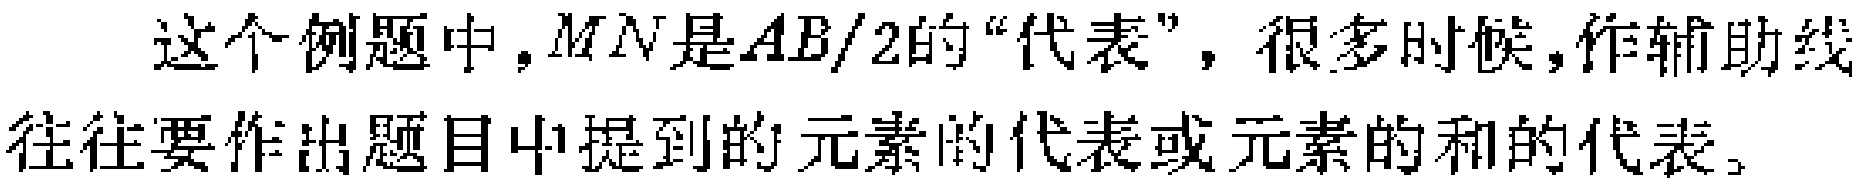
这个例题中，$MN$是$AB/2$的“代表”，很多时候，作辅助线往往要作出题目中提到的元素的代表或元素的和的代表。